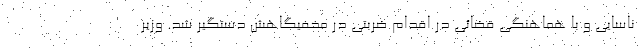
ناسایی و با هماهنگی قضائی در اقدام ضربتی در مخفیگاهش دستگیر شد. وزیر